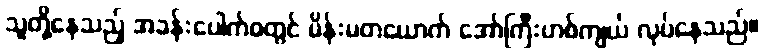
သူတို့နေသည့် အခန်းပေါက်ဝတွင် မိန်းမတယောက် အော်ကြီးဟစ်ကျယ် လုပ်နေသည်။